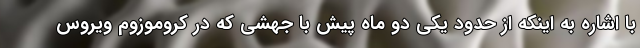
با اشاره به اینکه از حدود یکی دو ماه پیش با جهشی که در کروموزوم ویروس